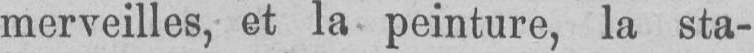
merveilles, et la peinture, la sta-